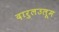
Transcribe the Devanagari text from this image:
दारुलउलूम